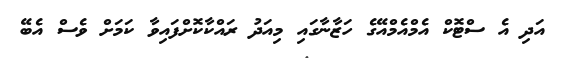
އަދި އެ ސްޓޮކް އެމްއެމްއޭގެ ހަޒާނާގައި މިއަދު ރައްކާކޮށްފައިވާ ކަމަށް ވެސް އެބޭ